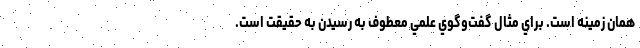
همان زمينه است. براي مثال گفت‌وگوي علمي معطوف به رسيدن به حقيقت است.